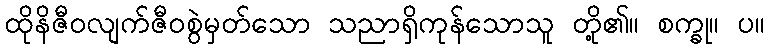
ထိုနိဇီဝလျက်ဇီဝစွဲမှတ်သော သညာရှိကုန်သောသူ တို့၏။ စက္ခု။ ပ။